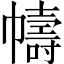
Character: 幬